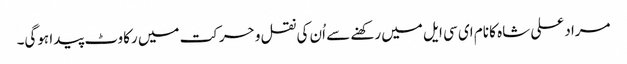
مراد علی شاہ کا نام ای سی ایل میں رکھنے سے اُن کی نقل و حرکت میں رکاوٹ پیدا ہوگی۔